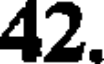
42.